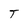
Character: T